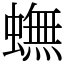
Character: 蟱